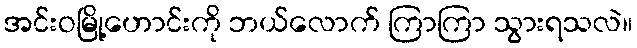
အင်းဝမြို့ဟောင်းကို ဘယ်လောက် ကြာကြာ သွားရသလဲ။